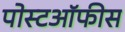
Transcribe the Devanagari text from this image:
पोस्टऑफीस